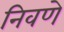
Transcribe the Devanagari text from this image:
निवणे